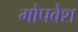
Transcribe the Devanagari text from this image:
गोपवेश